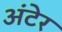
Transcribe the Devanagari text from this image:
अंटेर